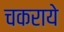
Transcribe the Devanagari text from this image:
चकराये